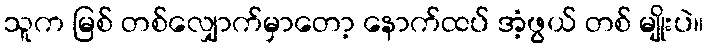
သူက မြစ် တစ်လျှောက်မှာတော့ နောက်ထပ် အံ့ဖွယ် တစ် မျိုးပဲ။